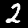
Label: 2